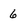
Character: 6